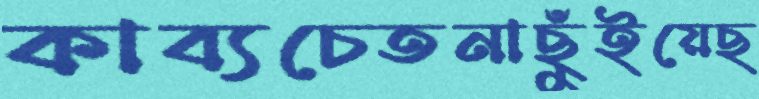
কাব্যচেতনাছুঁইয়েছ